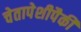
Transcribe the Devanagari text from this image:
चेतापेशीपैकी